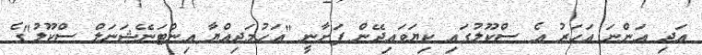
އަދި އަންނަ އަހަރު އެ ސްކޫލުގައި ކިޔަވައިދޭން ފަށާނީ "އަހުމަދިއްޔާ އިންޓަނޭޝަނަލް ސްކޫލު"ގެ